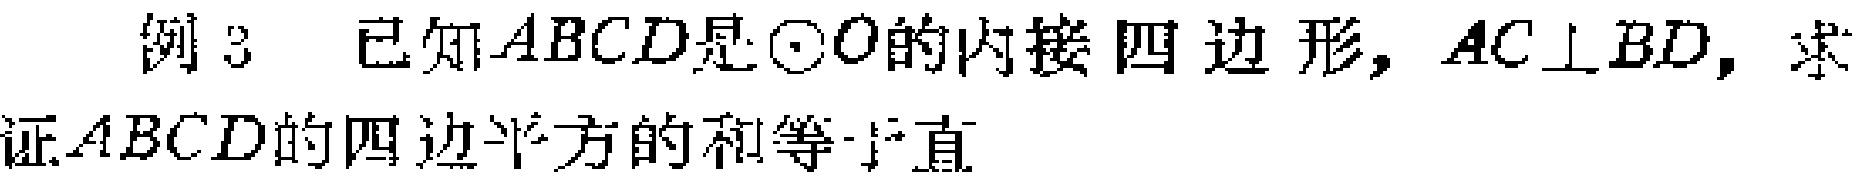
例3 已知$ABCD$是$\odot O$的内接四边形，$AC\perp BD$，求证$ABCD$的四边平方的和等于直